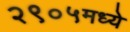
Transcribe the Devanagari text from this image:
२९०५मध्ये